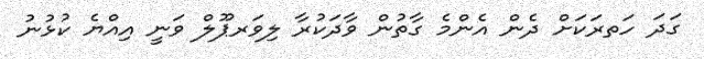
ގަދަ ހަތރަކަށް ދެން އެންމެ ގާތުން ވާދަކުރާ ލިވަރޕޫލް ވަނީ އިއްޔެ ކުޅުނު